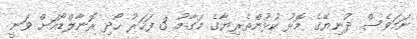
ނަމަވެސް ދުނިޔޭގެ މޮޅު ކުޅުންތެރިޔާގެ މަގާމު 3 ފަހަރު ހޯދި ރޮނާލްޑޯއަށް ވަނީ